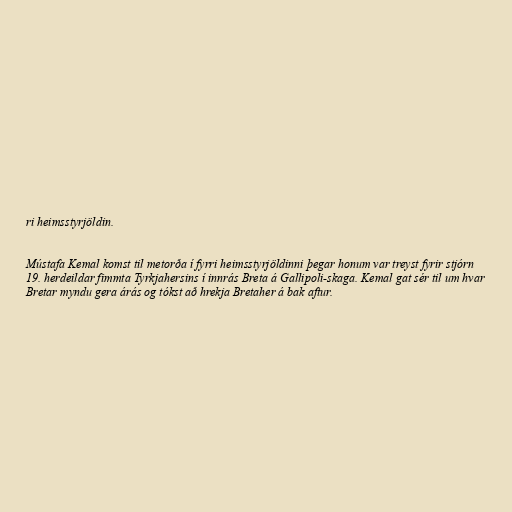
ri heimsstyrjöldin.

Mústafa Kemal komst til metorða í fyrri heimsstyrjöldinni þegar honum var treyst fyrir stjórn
19. herdeildar fimmta Tyrkjahersins í innrás Breta á Gallipoli-skaga. Kemal gat sér til um hvar
Bretar myndu gera árás og tókst að hrekja Bretaher á bak aftur.